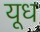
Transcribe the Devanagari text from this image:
यूध